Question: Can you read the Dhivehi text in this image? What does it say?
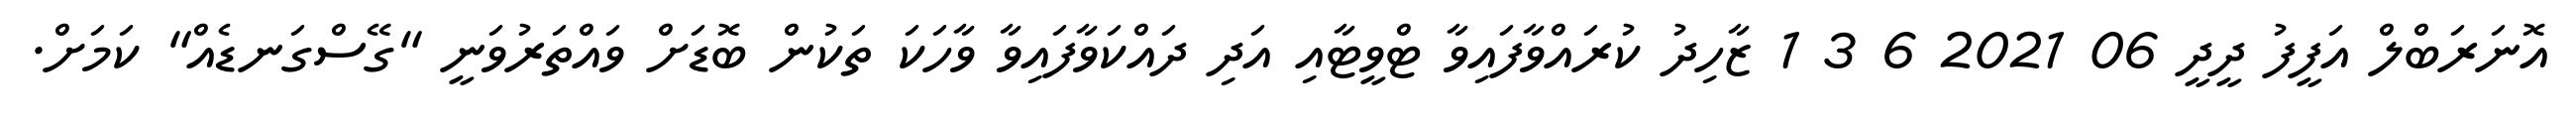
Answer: އޮނަރަބްލް އަފީފު ދީދީ 06 2021 6 3 1 ޒާހިދު ކުރައްވާފައިވާ ޓްވީޓާއި އަދި ދައްކަވާފައިވާ ވާހަކަ ތަކުން ބޮޑަށް ވައްތަރުވަނީ "ގޭސްގަނޑެއް" ކަމަށް.